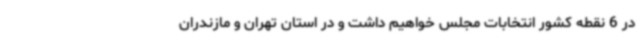
در 6 نقطه کشور انتخابات مجلس خواهیم داشت و در استان تهران و مازندران